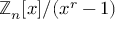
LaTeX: \mathbb { Z } _ { n } [ x ] / ( x ^ { r } - 1 )